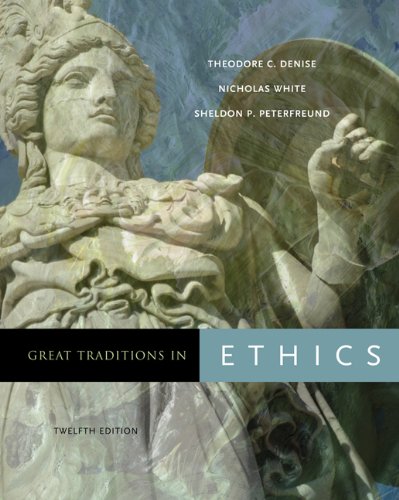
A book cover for Great Traditions in Ethics; Theodore C. Denise; Politics & Social Sciences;